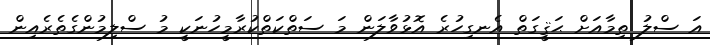
އަ ސްލު ތިމާއަށް ޙަޤީގަތް އެނގިހުރެ އޮޅުވާލަން މަ ސަތްކަތްކުރާމީހުނަކީ މު ސްލިމުންގެތެރެއިން